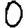
Digit: 0